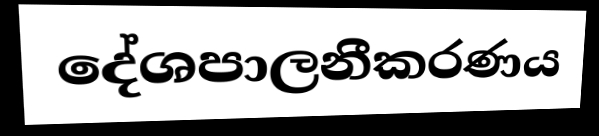
දේශපාලනීකරණය